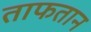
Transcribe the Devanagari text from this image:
ताफतान